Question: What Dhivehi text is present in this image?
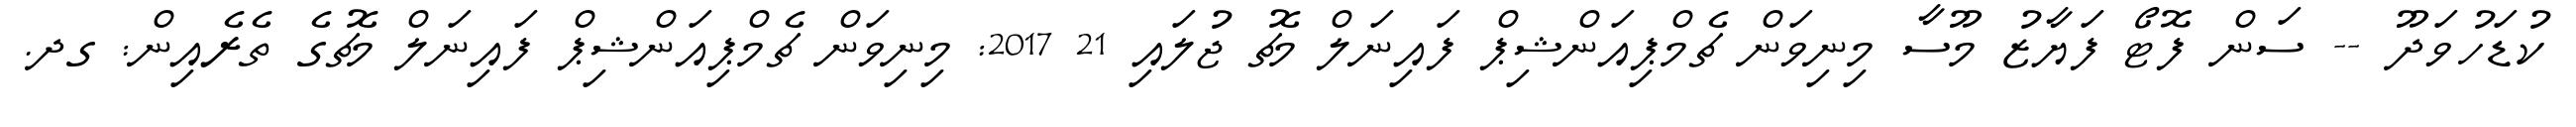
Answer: ކުޑަހުވަދޫ -- ސަން ފޮޓޯ ފަޔާޒު މޫސާ މިނިވަން ޗެމްޕިއަންޝިޕް ފައިނަލް މެޗު ޖުލައި 21 2017: މިނިވަން ޗެމްޕިއަންޝިޕް ފައިނަލް މެޗުގެ ތެރެއިން: ގދ.